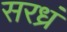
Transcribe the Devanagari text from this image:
सरध्रं